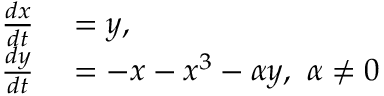
\begin{array} { r l } { { \frac { d x } { d t } } } & { { } = y , } \\ { { \frac { d y } { d t } } } & { { } = - x - x ^ { 3 } - \alpha y , ~ \alpha \neq 0 } \end{array}